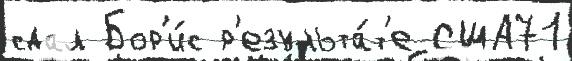
сдал Бор'и́с р'езульта́т'е США71